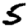
Digit: 5